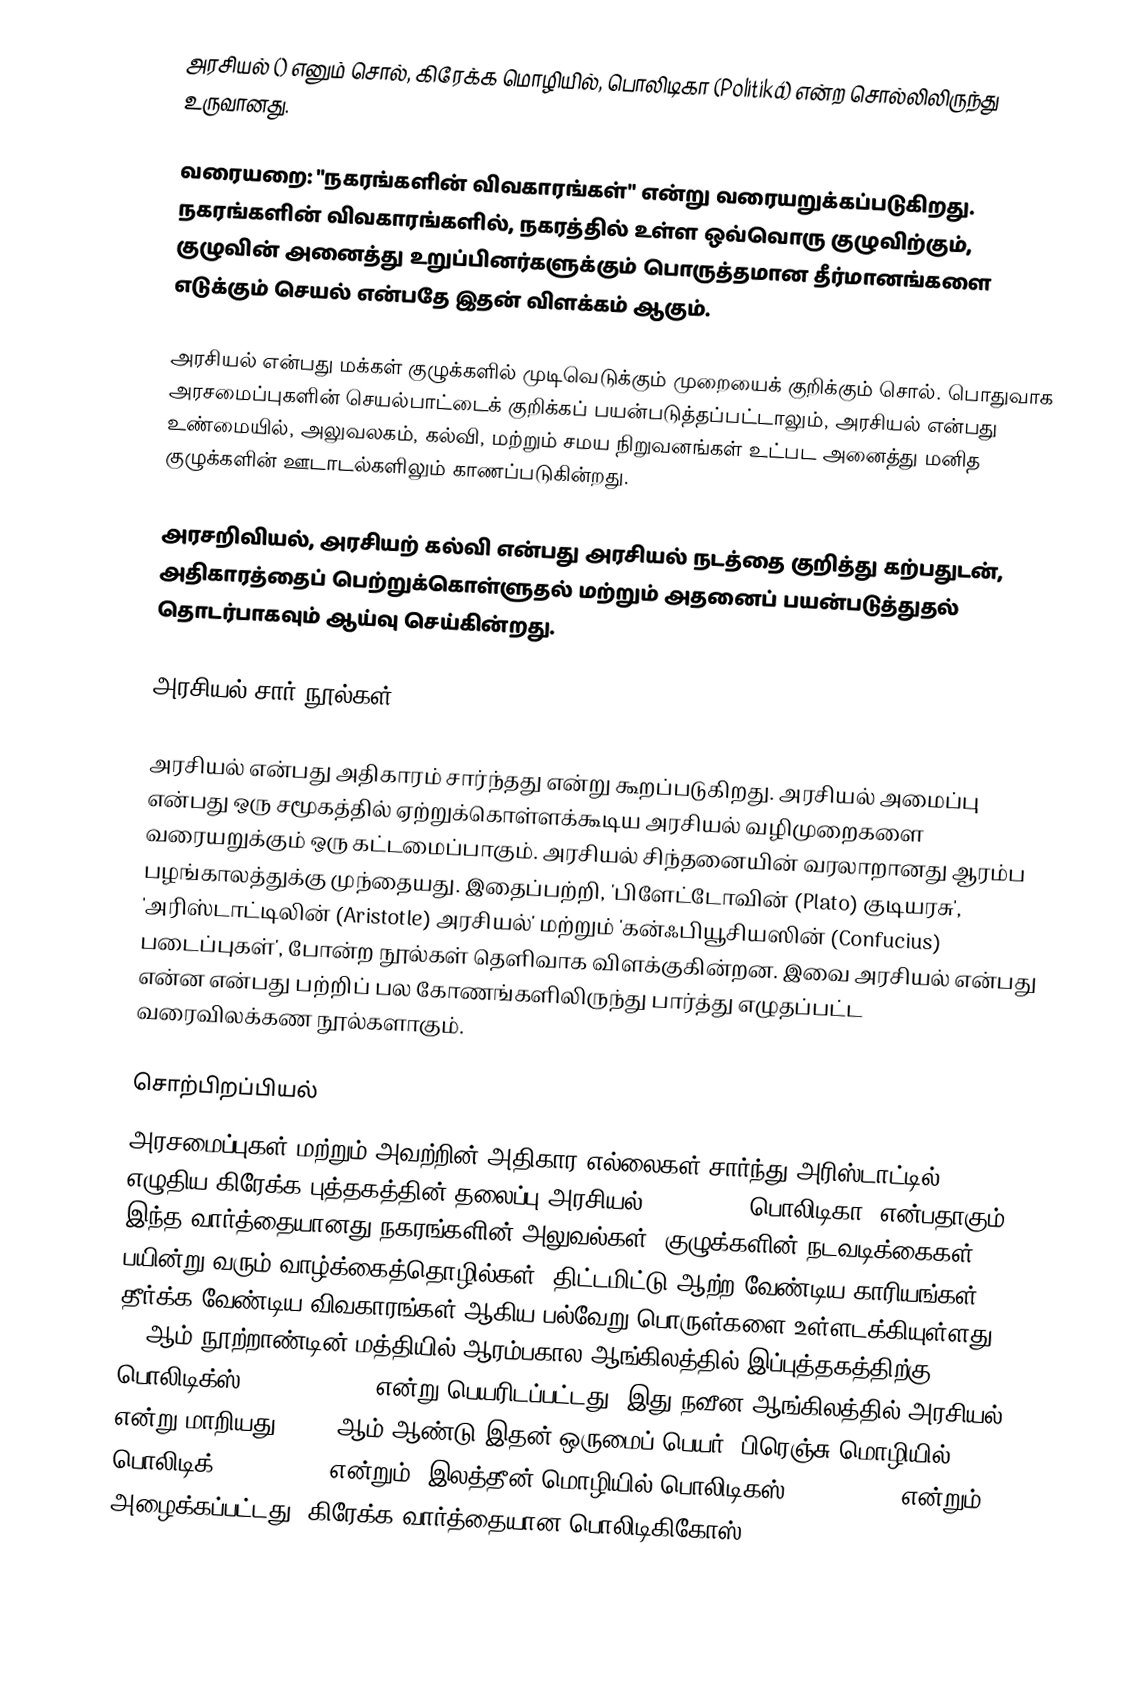
அரசியல் () எனும் சொல், கிரேக்க மொழியில், பொலிடிகா (Politiká) என்ற சொல்லிலிருந்து உருவானது.

வரையறை: "நகரங்களின் விவகாரங்கள்" என்று வரையறுக்கப்படுகிறது. நகரங்களின் விவகாரங்களில், நகரத்தில் உள்ள ஒவ்வொரு குழுவிற்கும், குழுவின் அனைத்து உறுப்பினர்களுக்கும் பொருத்தமான தீர்மானங்களை எடுக்கும் செயல் என்பதே இதன் விளக்கம் ஆகும்.

அரசியல் என்பது மக்கள் குழுக்களில் முடிவெடுக்கும் முறையைக் குறிக்கும் சொல். பொதுவாக அரசமைப்புகளின் செயல்பாட்டைக் குறிக்கப் பயன்படுத்தப்பட்டாலும், அரசியல் என்பது உண்மையில், அலுவலகம், கல்வி, மற்றும் சமய நிறுவனங்கள் உட்பட அனைத்து மனித குழுக்களின் ஊடாடல்களிலும் காணப்படுகின்றது.

அரசறிவியல், அரசியற் கல்வி என்பது அரசியல் நடத்தை குறித்து கற்பதுடன், அதிகாரத்தைப் பெற்றுக்கொள்ளுதல் மற்றும் அதனைப் பயன்படுத்துதல் தொடர்பாகவும் ஆய்வு செய்கின்றது.

அரசியல் சார் நூல்கள்

அரசியல் என்பது அதிகாரம் சார்ந்தது என்று கூறப்படுகிறது.  அரசியல் அமைப்பு என்பது ஒரு சமூகத்தில் ஏற்றுக்கொள்ளக்கூடிய அரசியல் வழிமுறைகளை வரையறுக்கும் ஒரு கட்டமைப்பாகும். அரசியல் சிந்தனையின் வரலாறானது ஆரம்ப பழங்காலத்துக்கு முந்தையது. இதைப்பற்றி, 'பிளேட்டோவின் (Plato) குடியரசு', 'அரிஸ்டாட்டிலின் (Aristotle) அரசியல்' மற்றும் 'கன்ஃபியூசியஸின் (Confucius) படைப்புகள்', போன்ற நூல்கள் தெளிவாக விளக்குகின்றன. இவை அரசியல் என்பது என்ன என்பது பற்றிப் பல கோணங்களிலிருந்து பார்த்து எழுதப்பட்ட வரைவிலக்கண நூல்களாகும்.

சொற்பிறப்பியல்
அரசமைப்புகள் மற்றும் அவற்றின் அதிகார எல்லைகள் சார்ந்து அரிஸ்டாட்டில் எழுதிய கிரேக்க புத்தகத்தின் தலைப்பு அரசியல் (Πολιτικά, பொலிடிகா) என்பதாகும். இந்த வார்த்தையானது  நகரங்களின் அலுவல்கள், குழுக்களின் நடவடிக்கைகள், பயின்று வரும் வாழ்க்கைத்தொழில்கள், திட்டமிட்டு ஆற்ற வேண்டிய காரியங்கள், தீர்க்க வேண்டிய விவகாரங்கள் ஆகிய பல்வேறு பொருள்களை உள்ளடக்கியுள்ளது. 15 ஆம் நூற்றாண்டின் மத்தியில் ஆரம்பகால ஆங்கிலத்தில் இப்புத்தகத்திற்கு பொலிடிக்ஸ் (Polettiques) என்று பெயரிடப்பட்டது.  இது நவீன ஆங்கிலத்தில் அரசியல் என்று மாறியது. 1430 ஆம் ஆண்டு இதன் ஒருமைப் பெயர், பிரெஞ்சு மொழியில் பொலிடிக் (politique) என்றும், இலத்தீன் மொழியில் பொலிடிகஸ் (politicus) என்றும் அழைக்கப்பட்டது. கிரேக்க வார்த்தையான பொலிடிகிகோஸ் (π